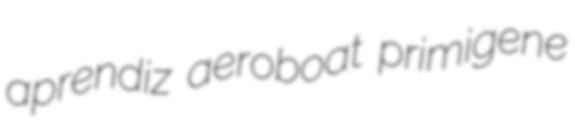
aprendiz aeroboat primigene